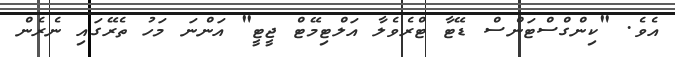
އެވެ. "ކިންގްސްޓަންސް ޑޭޓާ ޓްރެވެލާ އަލްޓިމޭޓް ޖީޓީ" އަންނަ މަހު ތެރޭގައި ނެރެން